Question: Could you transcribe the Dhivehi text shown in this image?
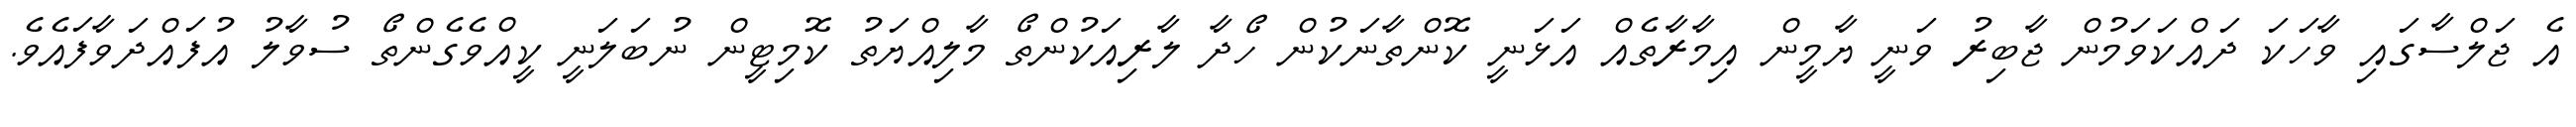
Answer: އެ ޖަލްސާގައި ވާހަކަ ދައްކަވަމުން ޖާބިރު ވަނީ ޔާމީން އިމާރާތެއް އަޅަނީ ކޮންތާނަކުން ހޯދާ ލާރިއަކުންތޯ މާލިއްޔަތު ކޮމިޓީން ނުބަލަނީ ކީއްވެގެންތޯ ސުވާލު އުފައްދަވާފައެވެ.